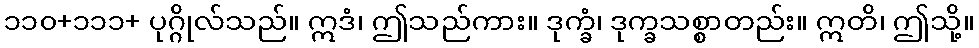
၁၁၀+၁၁၁+ ပုဂ္ဂိုလ်သည်။ ဣဒံ၊ ဤသည်ကား။ ဒုက္ခံ၊ ဒုက္ခသစ္စာတည်း။ ဣတိ၊ ဤသို့။